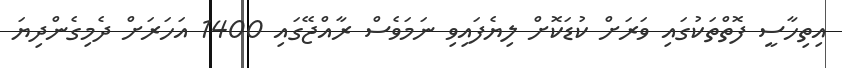
އިތިހާސީ ފޮތްތަކުގައި ވަރަށް ކުޑަކޮށް ލިޔެފައިވި ނަމަވެސް ރާއްޖޭގައި 1400 އަހަރަށް ދެމިގެންދިޔަ